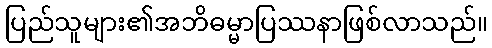
ပြည်သူများ၏အဘိဓမ္မာပြဿနာဖြစ်လာသည်။